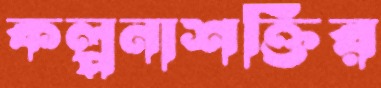
কল্পনাশক্তির